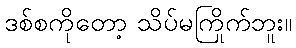
ဒစ်စကိုတော့ သိပ်မကြိုက်ဘူး။